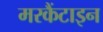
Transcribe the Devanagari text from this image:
मरकैंटाइन